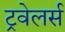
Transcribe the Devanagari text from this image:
ट्रवेलर्स